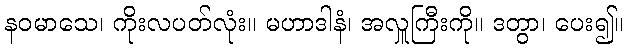
နဝမာသေ၊ ကိုးလပတ်လုံး။ မဟာဒါနံ၊ အလှူကြီးကို။ ဒတွာ၊ ပေး၍။